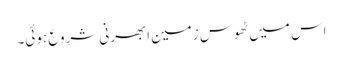
اس میں ٹھوس زمین ابھرنی شروع ہوئی۔